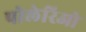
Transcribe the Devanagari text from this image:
पोलेरिओ